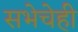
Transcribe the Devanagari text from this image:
सभेचेही